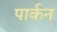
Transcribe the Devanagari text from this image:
पार्कन